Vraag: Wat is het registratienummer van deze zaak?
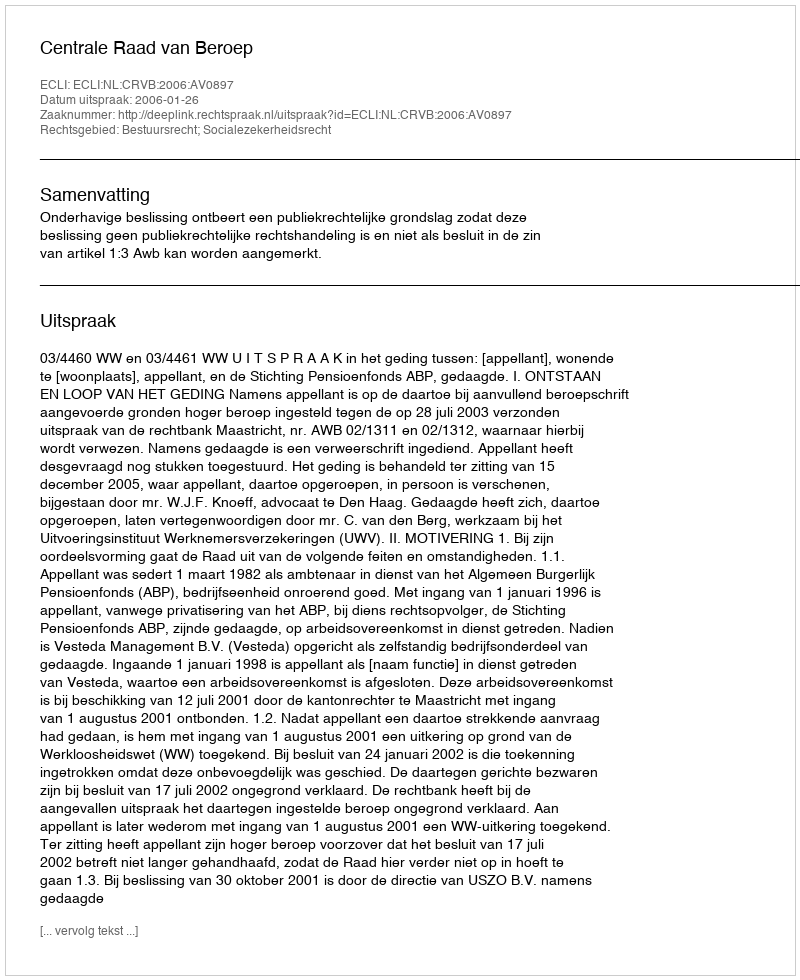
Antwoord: http://deeplink.rechtspraak.nl/uitspraak?id=ECLI:NL:CRVB:2006:AV0897